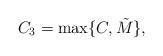
LaTeX: \begin{align*}C_3 = \max\{C, \tilde{M}\},\end{align*}